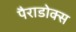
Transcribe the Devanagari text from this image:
पैराडोक्स